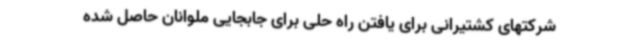
شرکتهای کشتیرانی برای یافتن راه حلی برای جابجایی ملوانان حاصل شده